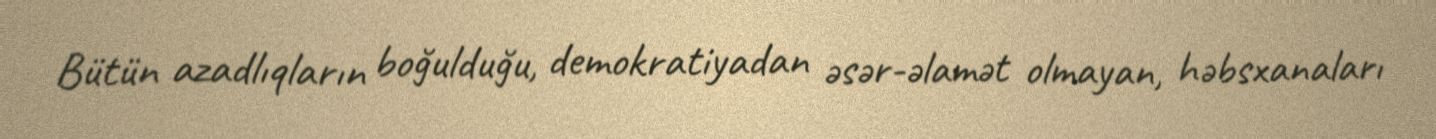
Bütün azadlıqların boğulduğu, demokratiyadan əsər-əlamət olmayan, həbsxanaları